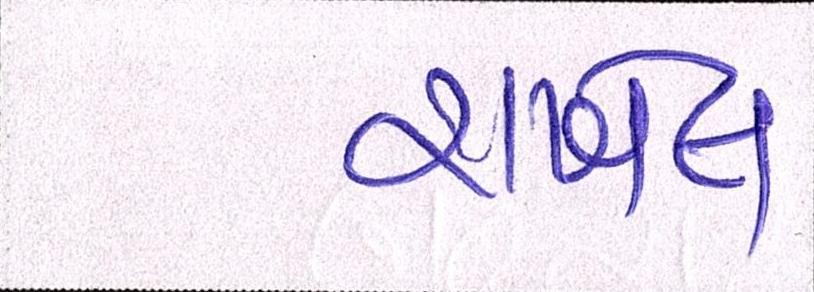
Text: રાખેલ